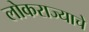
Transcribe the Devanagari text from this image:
लोकराज्याचे